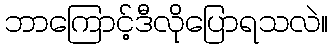
ဘာကြောင့်ဒီလိုပြောရသလဲ။